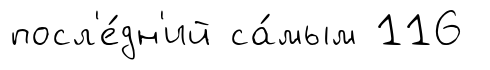
посл'е́дн'ий са́мым 116